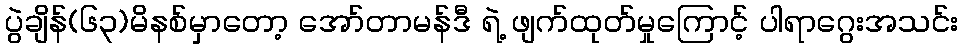
ပွဲချိန်(၆၃)မိနစ်မှာတော့ အော်တာမန်ဒီ ရဲ့ ဖျက်ထုတ်မှုကြောင့် ပါရာဂွေးအသင်း